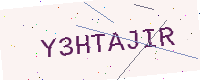
Text: Y3HTAJIR